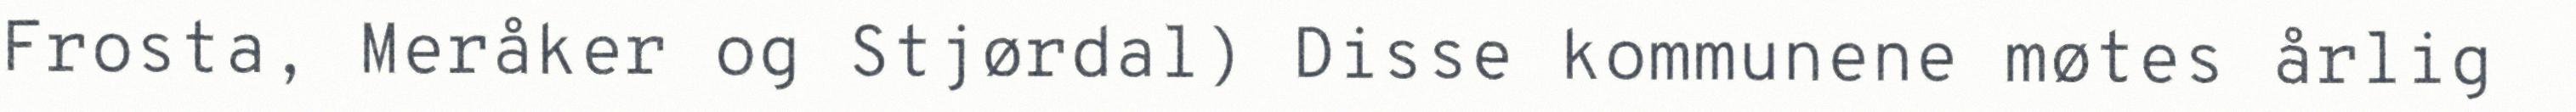
Frosta, Meråker og Stjørdal) Disse kommunene møtes årlig